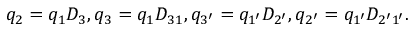
{ q } _ { 2 } = { q } _ { 1 } D _ { 3 } , { q } _ { 3 } = q _ { 1 } D _ { 3 1 } , { q } _ { 3 ^ { \prime } } = q _ { 1 ^ { \prime } } D _ { 2 ^ { \prime } } , { q } _ { 2 ^ { \prime } } = q _ { 1 ^ { \prime } } D _ { 2 ^ { \prime } 1 ^ { \prime } } .